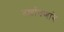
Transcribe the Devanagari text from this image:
दर्शावणारे